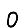
Digit: 0